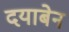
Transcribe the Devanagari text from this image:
दयाबेन